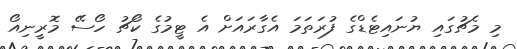
މި މެޗުގައި ޔުނައިޓެޑްގެ ފުރަތަމަ އެގާރައަށް އެ ޓީމުގެ ކޯޗު ހޯސޭ މޮރީނިއޯ